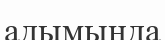
адымында